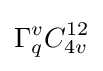
\Gamma _{q}^{v}C_{4v}^{12}